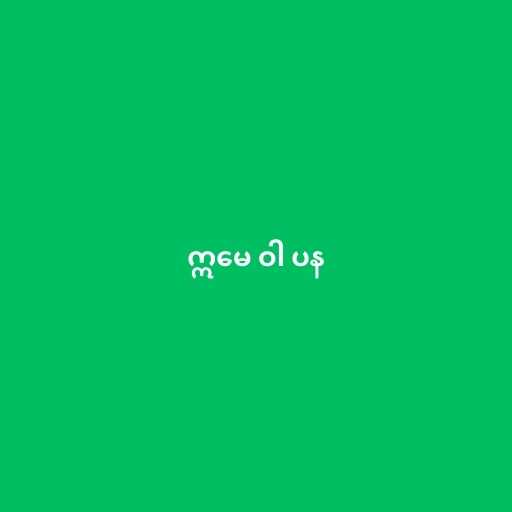
ဣမေ ဝါ ပန